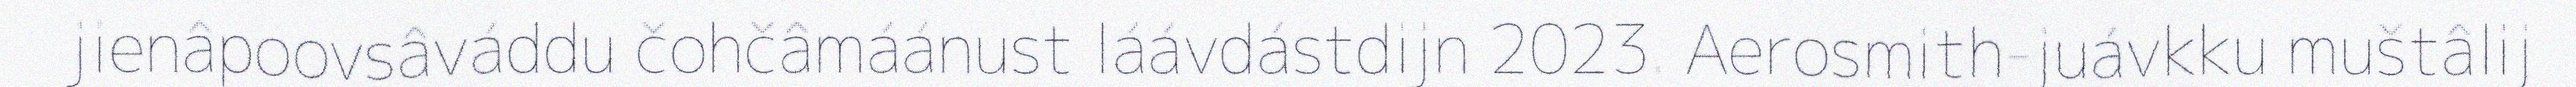
jienâpoovsâváddu čohčâmáánust láávdástdijn 2023. Aerosmith-juávkku muštâlij